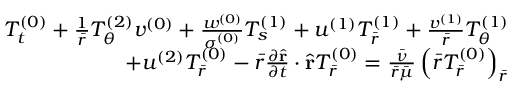
\begin{array} { r } { T _ { t } ^ { ( 0 ) } + \frac { 1 } { \bar { r } } T _ { \theta } ^ { ( 2 ) } v ^ { ( 0 ) } + \frac { w ^ { ( 0 ) } } { \sigma ^ { ( 0 ) } } T _ { s } ^ { ( 1 ) } + u ^ { ( 1 ) } T _ { \bar { r } } ^ { ( 1 ) } + \frac { v ^ { ( 1 ) } } { \bar { r } } T _ { \theta } ^ { ( 1 ) } } \\ { + u ^ { ( 2 ) } T _ { \bar { r } } ^ { ( 0 ) } - \bar { r } \frac { \partial \hat { \mathbf { r } } } { \partial t } \cdot \hat { \mathbf { r } } T _ { \bar { r } } ^ { ( 0 ) } = \frac { \bar { \nu } } { \bar { r } \bar { \mu } } \left( \bar { r } T _ { \bar { r } } ^ { ( 0 ) } \right) _ { \bar { r } } } \end{array}